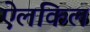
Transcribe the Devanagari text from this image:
ऐलकिल